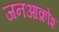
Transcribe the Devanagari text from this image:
जनआक्रोश